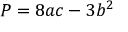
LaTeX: P = 8 a c - 3 b ^ { 2 }